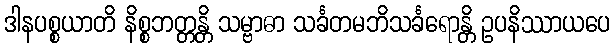
ဒါနပစ္စယာတိ နိစ္စဘတ္တန္တိ သမ္ဗာဓာ သင်္ခတမဘိသင်္ခရောန္တိ ဥပနိဿာယပေ